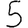
Digit: 5